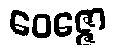
ဝေဇ္ဇော